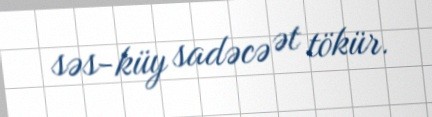
səs-küy sadəcə ət tökür.